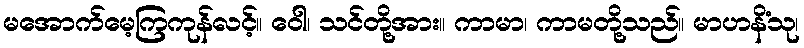
မအောက်မေ့ကြကုန်လင့်။ ဝေါ၊ သင်တို့အား။ ကာမာ၊ ကာမတို့သည်။ မာဟနိံသု၊